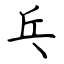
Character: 乓